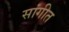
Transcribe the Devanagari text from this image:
सांगीत